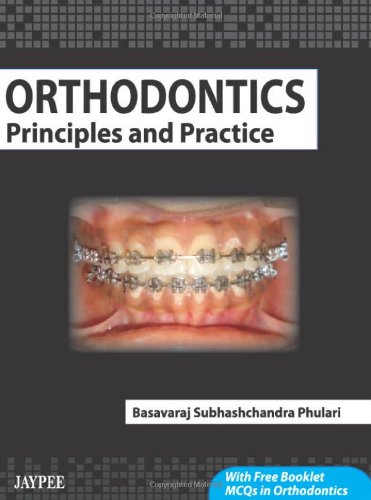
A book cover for Orthodontics Principles and Practice (With Free Booklet MCQ's in Orthodontics); Basavaraj S. Phulari; Medical Books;